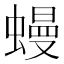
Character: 蟃